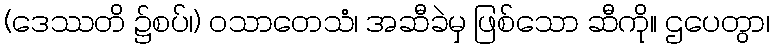
(ဒေဿတိ ၌စပ်၊) ဝသာတေသံ၊ အဆီခဲမှ ဖြစ်သော ဆီကို။ ဌပေတွာ၊